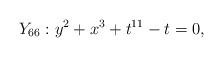
LaTeX: \begin{align*}Y_{66}: y^2+x^3+t^{11}-t = 0, \end{align*}